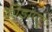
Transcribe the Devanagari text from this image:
कीड़ापटुः